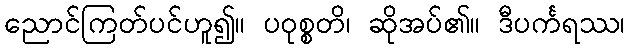
ညောင်ကြတ်ပင်ဟူ၍။ ပဝုစ္စတိ၊ ဆိုအပ်၏။ ဒီပင်္ကရဿ၊